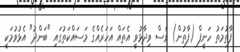
ފާތުމަތު ހަނީފް (ފާތުން) ވެސް ވިދާޅުވީ އެތައް އަހަރެއްގެ މަސައްކަތުގައި "ބަންދު" އެޅުވުމަކީ